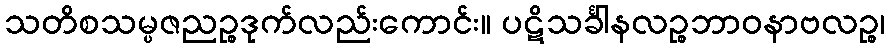
သတိစသမ္ပဇညဉ္စဒုက်လည်းကောင်း။ ပဋိသင်္ခါနလဉ္စဘာဝနာဗလဉ္စ၊